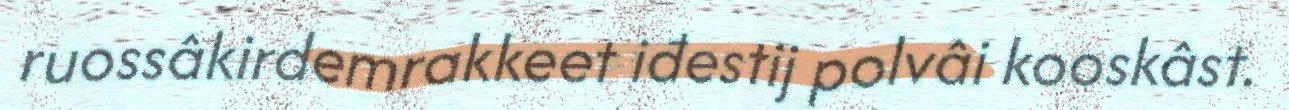
ruossâkirdemrakkeet iđestij polvâi kooskâst.